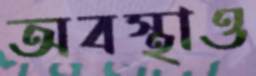
অবস্থাও